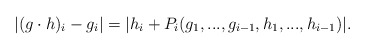
\begin{align*} |(g \cdot h)_i - g_i| = |h_i + P_i(g_1,...,g_{i-1},h_1,...,h_{i-1})|. \end{align*}